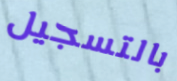
بالتسجيل